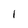
Character: 1